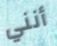
أنني